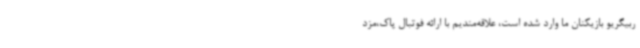
ربیگریو بازیکنان ما وارد شده است، علاقه‌مندیم با ارائه فوتبال پاک،مزد